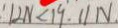
: 1 2 N < 1 9 . 1 / N .